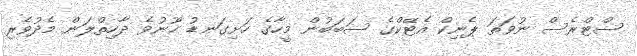
ސްޓްރެސް ނުވަތަ ޕެނިކް އެޓޭކްގެ ސަބަބުން މީހާގެ ހަށިގަނޑު ހޫނުވެ ދާހިތްލަން މެދުވެރި